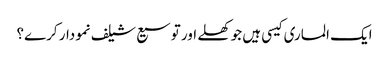
ایک الماری کیسی ہیں جو کھلے اور توسیع شیلف نمودار کرے؟